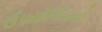
ઉપયોગિતાની